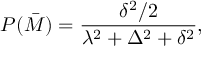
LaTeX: P ( \bar { M } ) = { \frac { \delta ^ { 2 } / 2 } { \lambda ^ { 2 } + \Delta ^ { 2 } + \delta ^ { 2 } } } ,